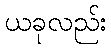
ယခုလည်း